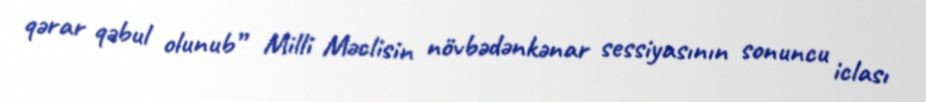
qərar qəbul olunub” Milli Məclisin növbədənkənar sessiyasının sonuncu iclası